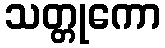
သတ္တုကော